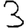
Digit: 3